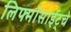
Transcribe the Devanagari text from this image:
लिफ्मोसाईट्चे